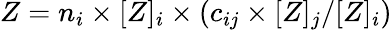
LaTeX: Z=n_{i}\times[Z]_{i}\times(c_{ij}\times[Z]_{j}/[Z]_{i})